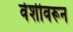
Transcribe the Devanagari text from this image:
वेशीवरून